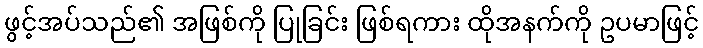
ဖွင့်အပ်သည်၏ အဖြစ်ကို ပြုခြင်း ဖြစ်ရကား ထိုအနက်ကို ဥပမာဖြင့်